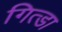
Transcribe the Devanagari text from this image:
गित्डा